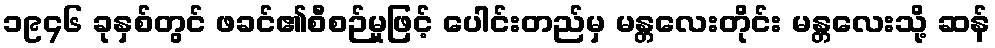
၁၉၄၆ ခုနှစ်တွင် ဖခင်၏စီစဉ်မှုဖြင့် ပေါင်းတည်မှ မန္တလေးတိုင်း မန္တလေးသို့ ဆန်